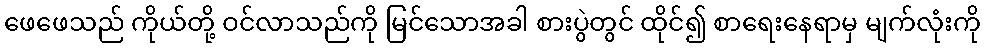
ဖေဖေသည် ကိုယ်တို့ ဝင်လာသည်ကို မြင်သောအခါ စားပွဲတွင် ထိုင်၍ စာရေးနေရာမှ မျက်လုံးကို